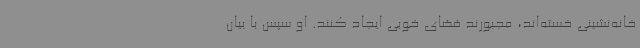
خانه‌نشینی‌ خسته‌اند، مجبورند فضای خوبی ایجاد کنند. او سپس با بیان